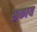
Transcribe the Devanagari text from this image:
सकाय